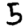
Digit: 5